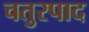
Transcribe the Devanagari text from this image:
चतुरपाद